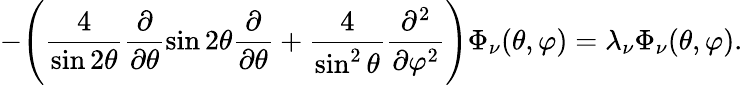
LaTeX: -\Bigg(\frac{4}{\sin{2\theta}}\frac{\partial}{\partial\theta}\sin{2\theta}\frac{\partial}{\partial\theta}+\frac{4}{\sin^{2}{\theta}}\frac{\partial^{2}}{\partial\varphi^{2}}\Bigg)\Phi_{\nu}(\theta,\varphi)=\lambda_{\nu}\Phi_{\nu}(\theta,\varphi).